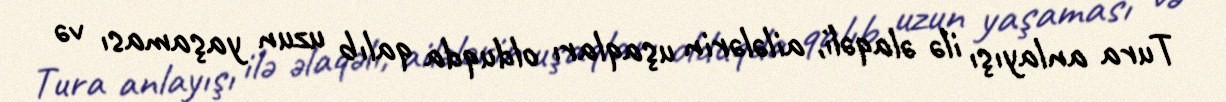
Tura anlayışı ilə əlaqəli, ailələrin uşaqları olduqda qalıb uzun yaşaması və